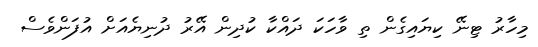
މިހާރު ޓިނޭ ކިޔައިގެން ތި ވާހަކަ ދައްކާ ކުދިން އޭރު ދުނިޔެއަށް އުފަންވެސް